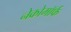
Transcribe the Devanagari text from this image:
नेक्रोमॉर्फ